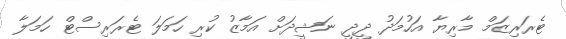
ޓެރަރިޒަމް މާރިޔާ އަހުމަދު ދީދީ ނަޝީދަށް އަމާޒު ކުރި ހަމަލަ ޓެރަރިސްޓް ހަމަލާ